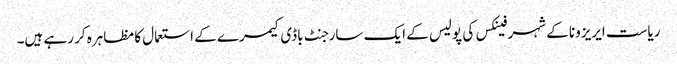
ریاست ایریزونا کے شہر فینکس کی پولیس کے ایک سارجنٹ باڈی کیمرے کے استعمال کا مظاہرہ کر رہے ہیں۔